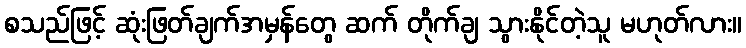
စသည်ဖြင့် ဆုံးဖြတ်ချက်အမှန်တွေ ဆက် တိုက်ချ သွားနိုင်တဲ့သူ မဟုတ်လား။